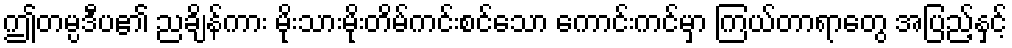
ဤတမ္ပဒီပ၏ ညချိန်ကား မိုးသားမိုးတိမ်ကင်းစင်သော ကောင်းကင်မှာ ကြယ်တာရာတွေ အပြည့်နှင့်